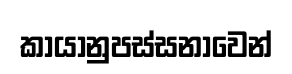
කායානුපස්සනාවෙන්